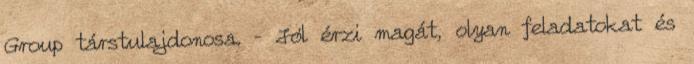
Group társtulajdonosa. – Jól érzi magát, olyan feladatokat és